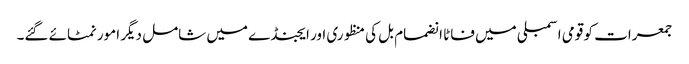
جمعرات کو قومی اسمبلی میں فاٹا انضمام بل کی منظوری اور ایجنڈے میں شامل دیگر امور نمٹائے گئے۔